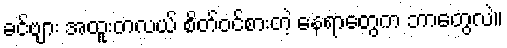
ခင်ဗျား အထူးတလယ် စိတ်ဝင်စားတဲ့ နေရာတွေက ဘာတွေလဲ။